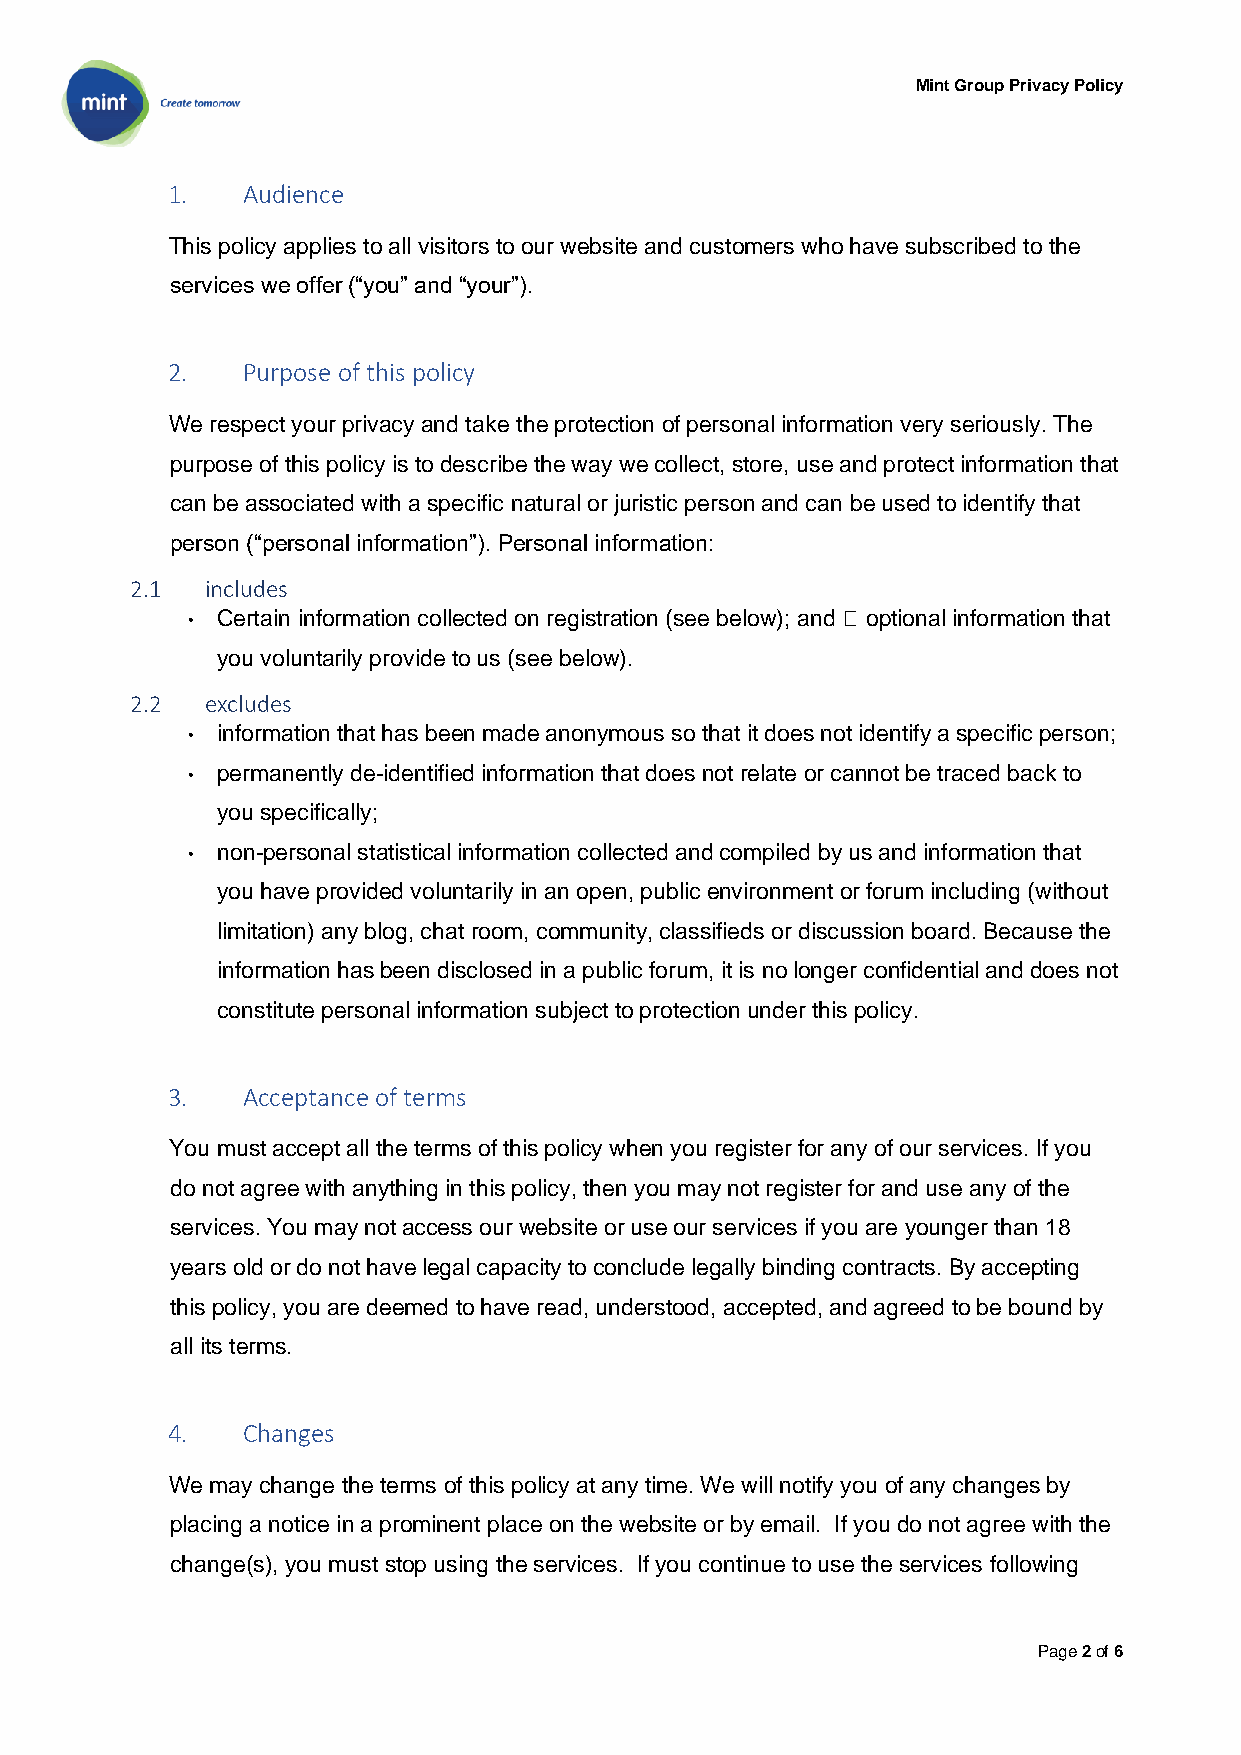
Mint Group Privacy Policy
 1.   Audience
 This policy applies to all visitors to our website and customers who have subscribed to the
 services we offer (“you” and “your”).
 2.   Purpose of this policy
 We respect your privacy and take the protection of personal information very seriously. The
 purpose of this policy is to describe the way we collect, store, use and protect information that
 can be associated with a specific natural or juristic person and can be used to identify that
 person (“personal information”). Personal information:
 2.1  includes
 • Certain information collected on registration (see below); and optional information that
 you voluntarily provide to us (see below).
 2.2  excludes
 • information that has been made anonymous so that it does not identify a specific person;
 • permanently de-identified information that does not relate or cannot be traced back to
 you specifically;
 • non-personal statistical information collected and compiled by us and information that
 you have provided voluntarily in an open, public environment or forum including (without
 limitation) any blog, chat room, community, classifieds or discussion board. Because the
 information has been disclosed in a public forum, it is no longer confidential and does not
 constitute personal information subject to protection under this policy.
 3.   Acceptance of terms
 You must accept all the terms of this policy when you register for any of our services. If you
 do not agree with anything in this policy, then you may not register for and use any of the
 services. You may not access our website or use our services if you are younger than 18
 years old or do not have legal capacity to conclude legally binding contracts. By accepting
 this policy, you are deemed to have read, understood, accepted, and agreed to be bound by
 all its terms.
 4.   Changes
 We may change the terms of this policy at any time. We will notify you of any changes by
 placing a notice in a prominent place on the website or by email. If you do not agree with the
 change(s), you must stop using the services. If you continue to use the services following
 Page 2 of 6